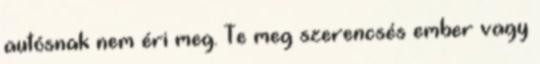
autósnak nem éri meg. Te meg szerencsés ember vagy